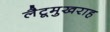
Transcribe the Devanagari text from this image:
लैटूमुखराह